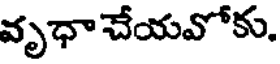
వృధా చేయవోకు.